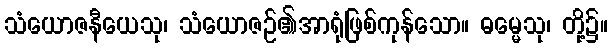
သံယောဇနီယေသု၊ သံယောဇဉ်၏အာရုံဖြစ်ကုန်သော။ ဓမ္မေသု၊ တို့၌။